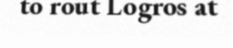
to rout Logros at